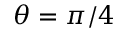
\theta = \pi / 4